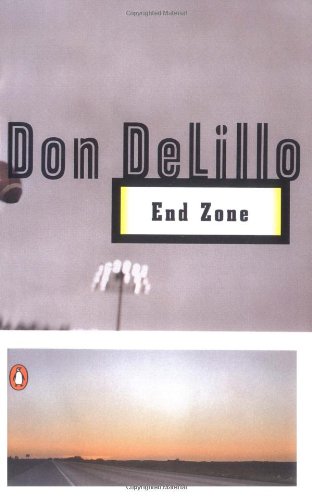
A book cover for End Zone; Don DeLillo; Literature & Fiction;